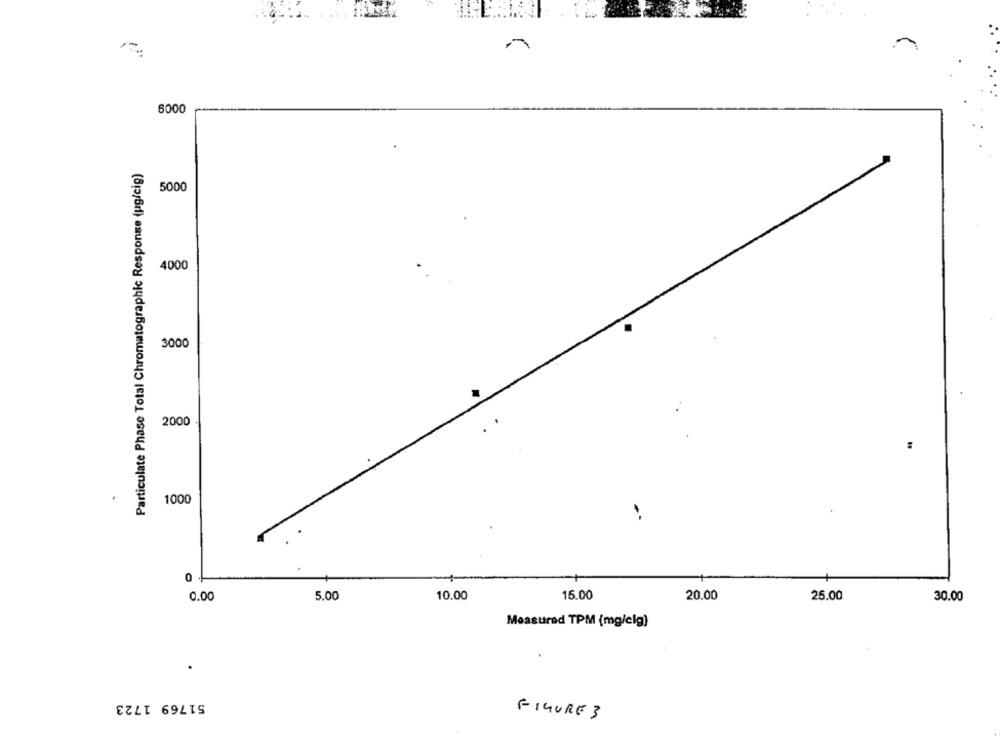
6000
Particulate Phase Total Chromatographic Response (pg/cig)
5000
4000
3000
2000
1000
0
0.00
5.00
10.00
15.00
20.00
25.00
30.00
Measured TPM (mg/elg)
51769 1723
FIGURE 3